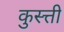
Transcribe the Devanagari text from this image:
कुस्त्ती